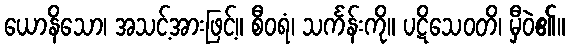
ယောနိသော၊ အသင့်အားဖြင့်။ စီဝရံ၊ သင်္ကန်းကို။ ပဋိသေဝတိ၊ မှီဝဲ၏။